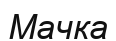
Мачка